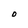
Character: O